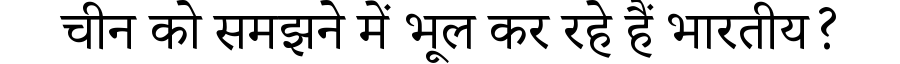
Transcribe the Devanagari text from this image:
चीन को समझने में भूल कर रहे हैं भारतीय?